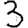
Digit: 3